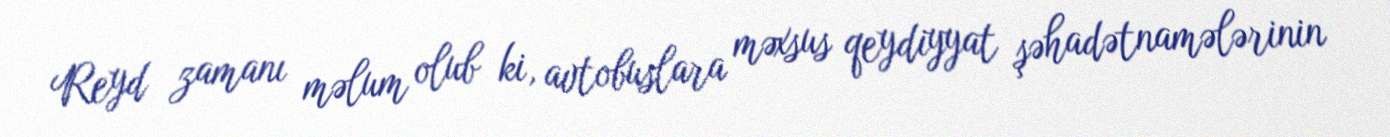
Reyd zamanı məlum olub ki, avtobuslara məxsus qeydiyyat şəhadətnamələrinin